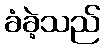
ခံခဲ့သည်